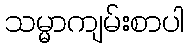
သမ္မာကျမ်းစာပါ